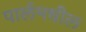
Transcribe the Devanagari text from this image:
पार्लमधील